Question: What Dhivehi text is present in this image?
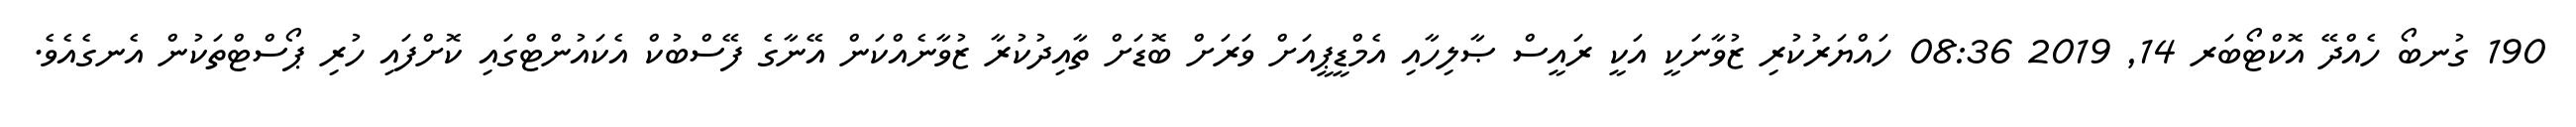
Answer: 190 ގުނބޯ ހެއްދޭ އޮކްޓޯބަރ 14, 2019 08:36 ހައްޔަރުކުރި ޒުވާނަކީ އަކީ ރައީސް ޞާލިހާއި އެމްޑީޕީއަށް ވަރަށް ބޮޑަށް ތާއިދުކުރާ ޒުވާނެއްކަން އޭނާގެ ފޭސްބުކް އެކައުންޓްގައި ކޮށްފައި ހުރި ޕޯސްޓްތަކުން އެނގެއެވެ.